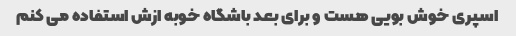
اسپری خوش بویی هست و برای بعد باشگاه خوبه ازش استفاده می کنم